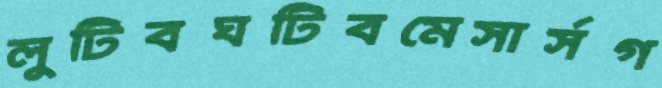
লুটিবঘটিবমেসার্সগ